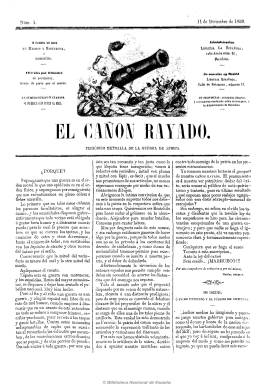
Título: El Cañón rayado
Colección: Periódicos
Ámbito geográfico: Barcelona
Lugar de publicación: Barcelona
Fechas: 11/12/1859-22/03/1860

En la época de la Guerra de África aparecieron en España varios periódicos  considerados como los verdaderos precursores de la prensa africanista, siendo uno de ellos “El Correo de África”, posterior a la campaña, y otro de carácter satírico titulado “El Cañón Rayado” del que se imprimieron, en plena campaña de los españoles en África, 24 números en Barcelona en la Imprenta de Euterpe, de J. Anselmo Clavé y A. Bosch entre diciembre de 1859 y marzo de 1860. Lo integran pintorescas caricaturas y  grabados en boj. A pesar de su corta existencia, la publicación debió alcanzar importantes tiradas para la época, teniendo sus caricaturas enorme difusión, como las del primer número, tituladas ‘Precedentes de la Guerra de África’ realizadas en forma de viñetas con sentido propio y vinculadas entre sí en una fórmula parecida a las aleluyas de los ciegos buscando la burla y el patriotismo colectivo con el enemigo. La guerra constituye un espectáculo en donde el español se representa en un león y el marroquí es el bufón que a lo largo de los números acaba transformado en un mono con turbante. El racismo es un elemento a destacar en las caricaturas que se define por oposición étnica y que alcanza también a los judíos a quienes se acusa de ambigüedad por su colaboración con los marroquíes o los españoles.